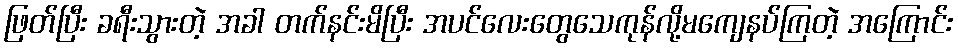
ဖြတ်ပြီး ခရီးသွားတဲ့ အခါ တက်နင်းမိပြီး အပင်လေးတွေသေကုန်လို့မကျေနပ်ကြတဲ့ အကြောင်း